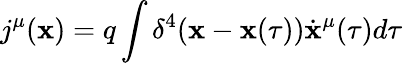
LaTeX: j^{\mu}(\mathbf{x})=q\int{\delta^{4}(\mathbf{x}-\mathbf{x}(\tau))\dot{{\mathbf{x}}}^{\mu}(\tau)d\tau}